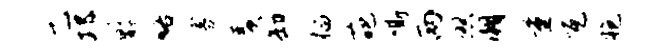
乙邛黔咯寡羡卸榴葩嘶两照潮量瓦胞